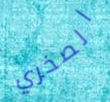
الصخري